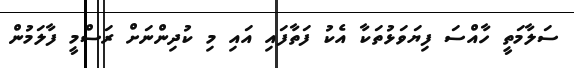
ސަލާމަތީ ހާއްސަ ފިޔަވަޅުތަކާ އެކު ފަތާފައި އައި މި ކުދިންނަށް ރަސްމީ ފާލަމުން